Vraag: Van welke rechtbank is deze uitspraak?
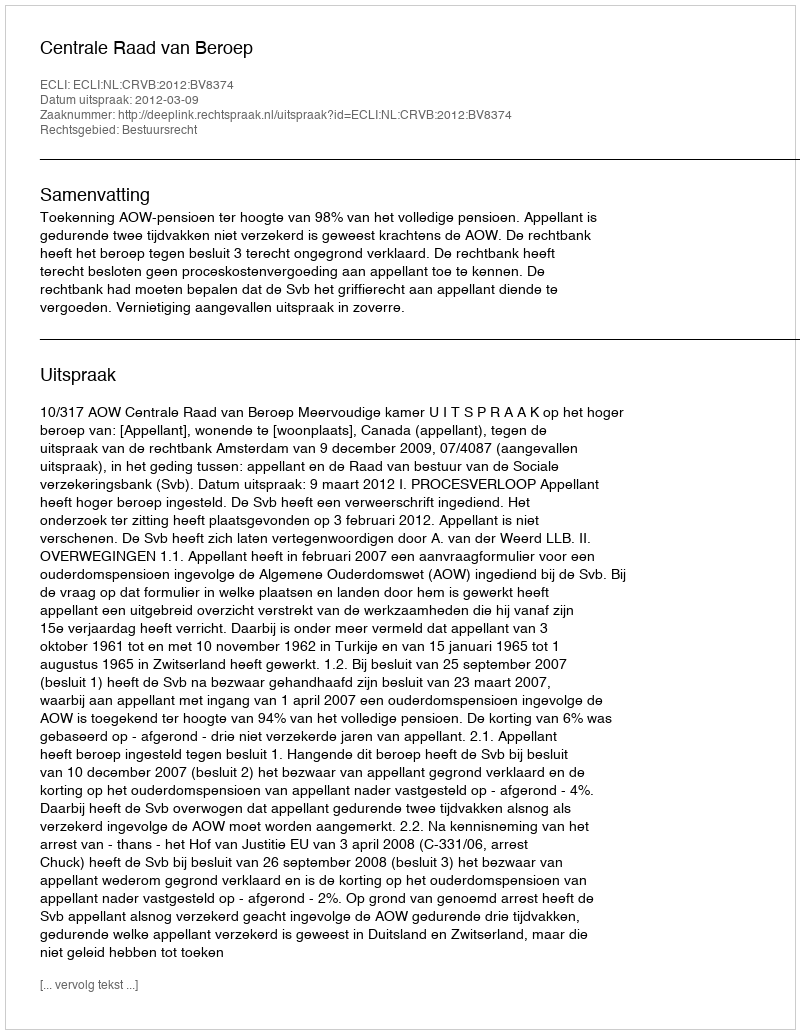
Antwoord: Centrale Raad van Beroep